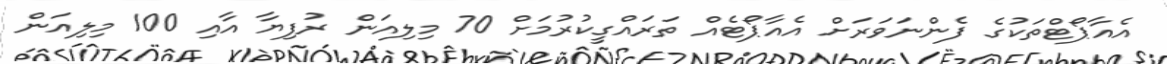
އެއާޕޯޓްތަކުގެ ފެންނަވަރަށް އެއާޕޯޓެއް ތަރައްގީކުރުމަށް 70 މިލިއަން ރުފިޔާ އާއި 100 މިލިއަން